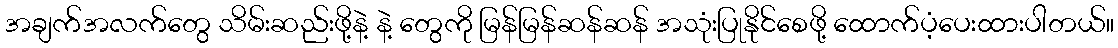
အချက်အလက်တွေ သိမ်းဆည်းဖို့နဲ့ နဲ့ တွေကို မြန်မြန်ဆန်ဆန် အသုံးပြုနိုင်စေဖို့ ထောက်ပံ့ပေးထားပါတယ်။